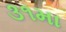
૩૧મા